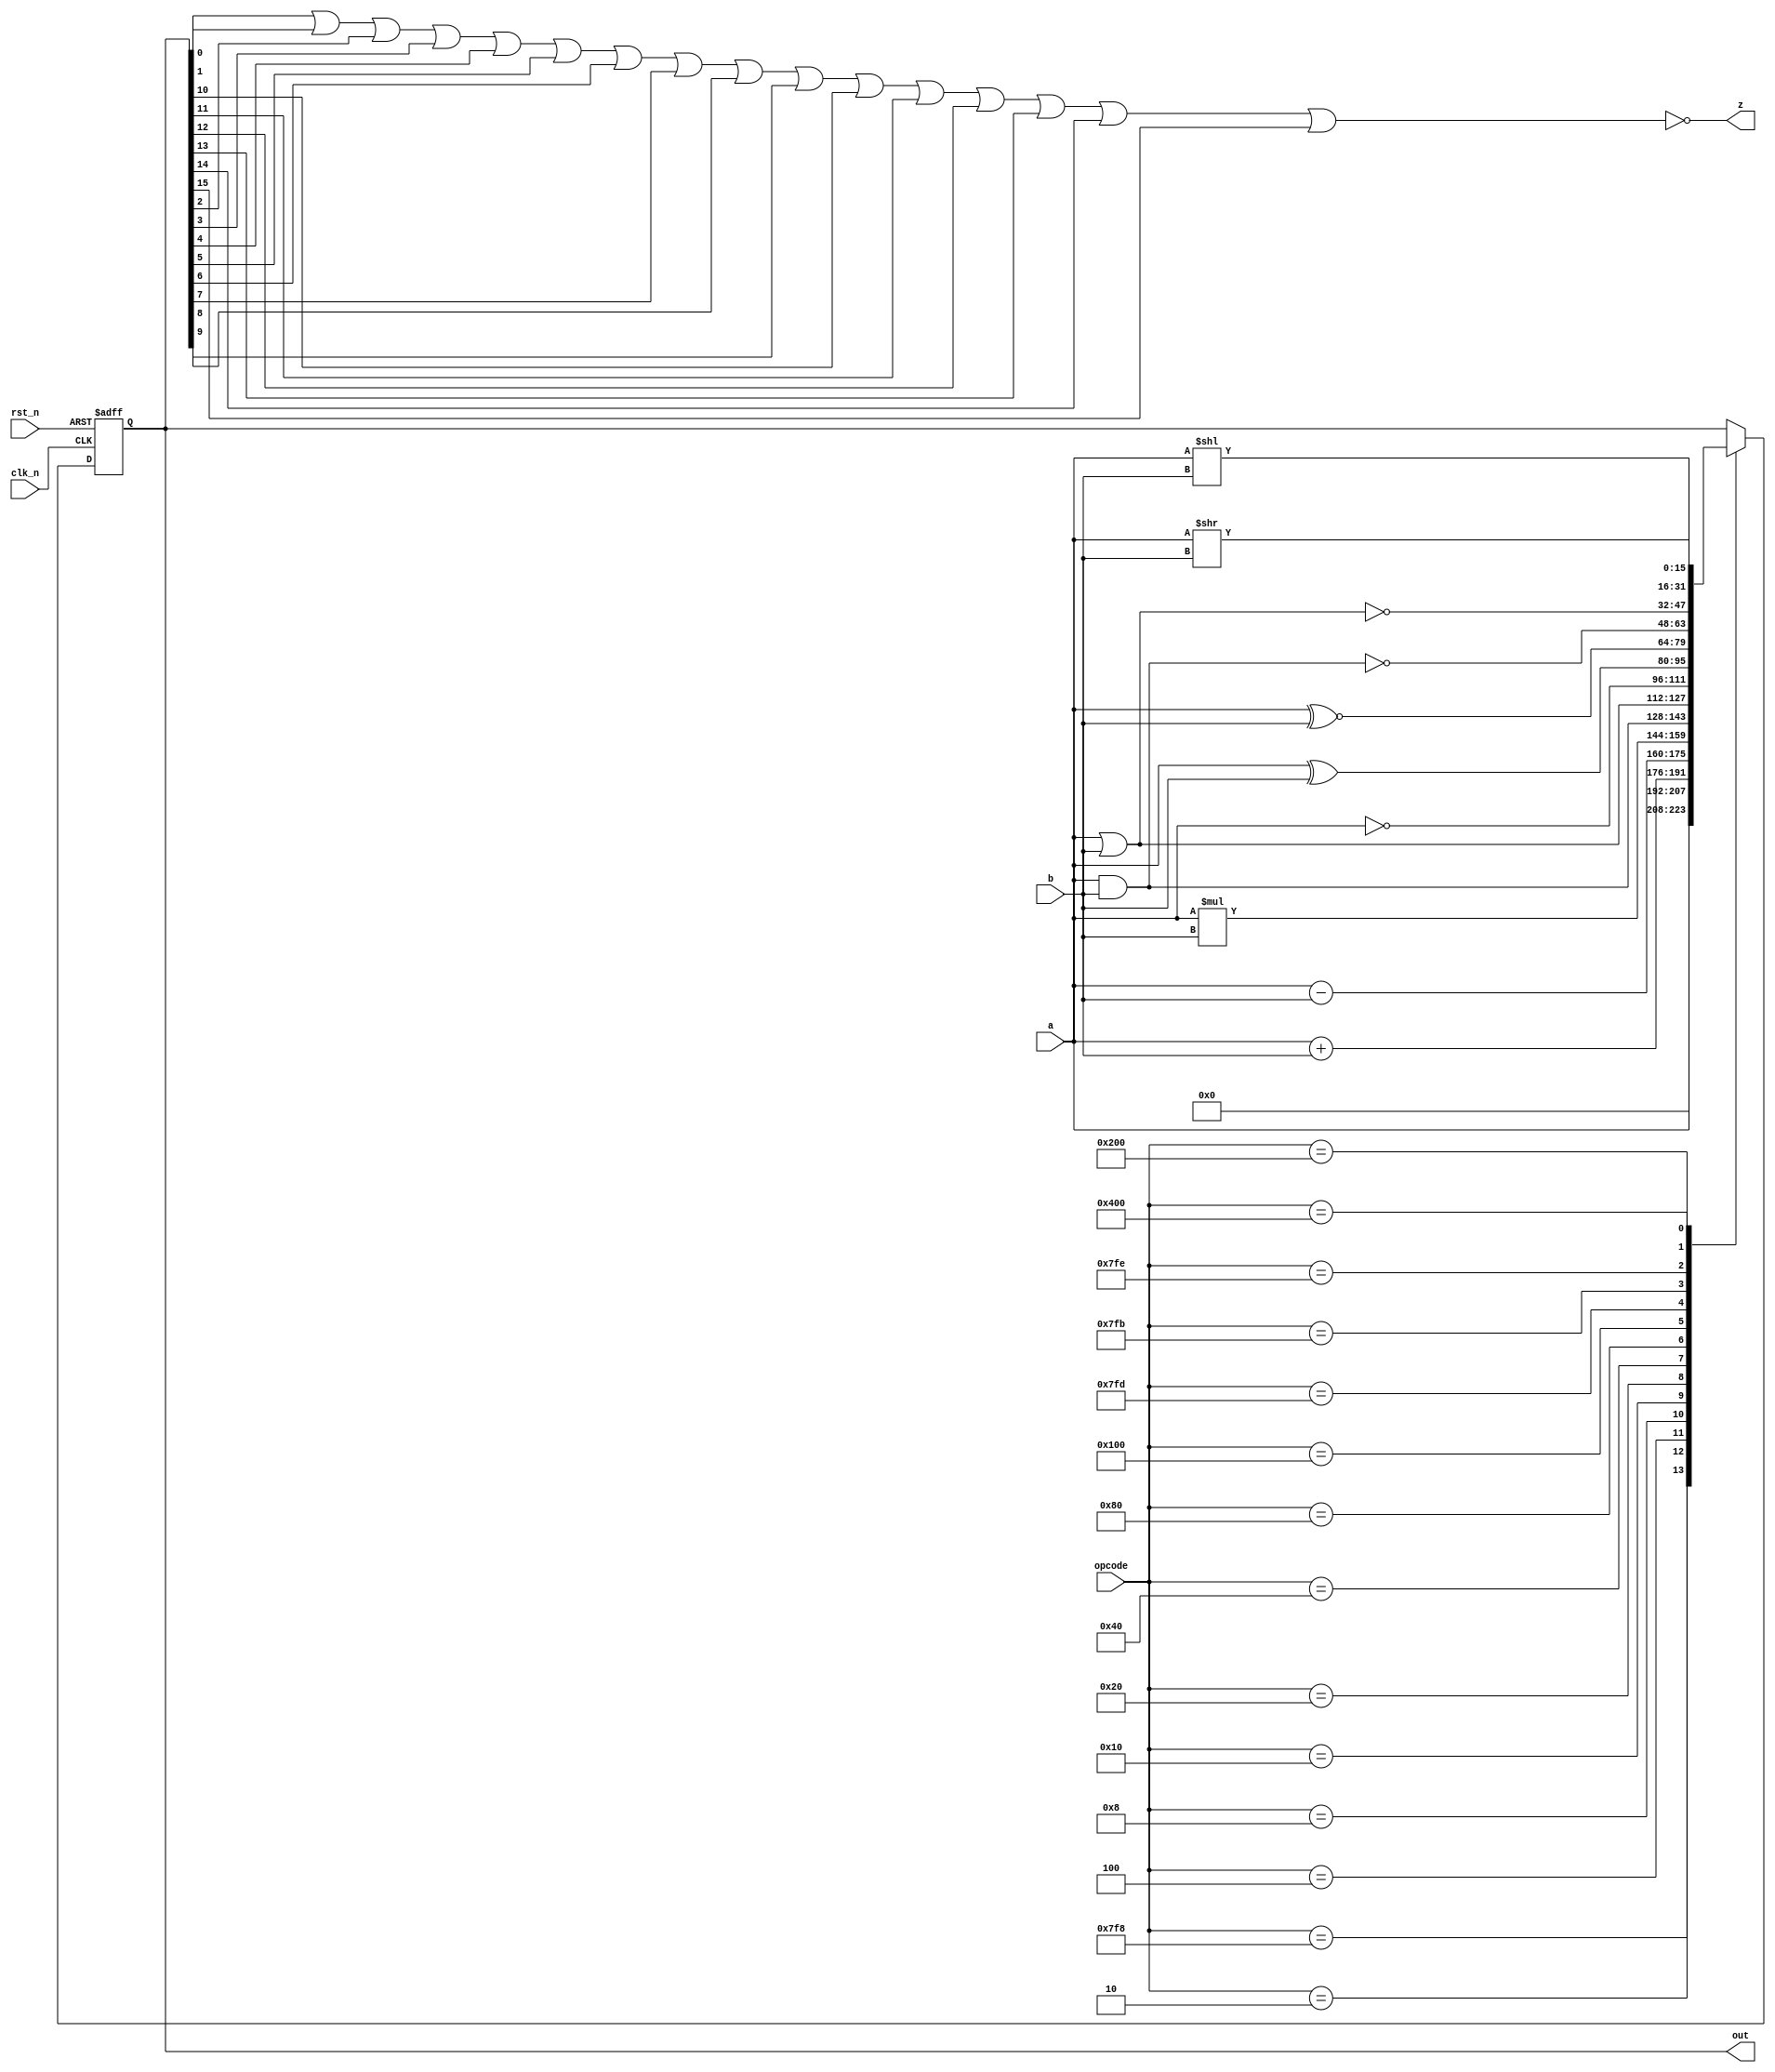
/*
 * Module: alu
 * Verilog HDL
 * Description: Non-pipelined 16-bit ALU
 *
 * Revision 0.01 - File Created
 * Revision 1.00 - Complete, untested
 * Revision 2.00 - Removed v, c; fixed z; fixed displays; tested w/ ModelSim (CRC)
 * Revision 3.00 - Formatting, Fixed NAND, NOR instructions (CRC)
 * Revision 4.00 - Changed up opcodes to represent finalized control logic.
 * Revision 5.00 - Reinserted ZERO (CRC)
 */

module alu(
    input wire [15:0] a,      // First operand
    input wire [15:0] b,      // Second operand
    input wire [10:0] opcode, // Opcode for ALU
    input wire        rst_n,  // Reset
    input wire        clk_n,  // Clock
    output reg [15:0] out,    // Result
    output wire       z       // Zero Flag
);

parameter NOOP  = 11'b00000000001;
parameter CPY   = 11'b00000000010;
parameter ADD   = 11'b00000000100;
parameter SUB   = 11'b00000001000;
parameter MUL   = 11'b00000010000;
parameter AND   = 11'b00000100000;
parameter OR    = 11'b00001000000;
parameter NOT   = 11'b00010000000;
parameter XOR   = 11'b00100000000;
parameter LS    = 11'b01000000000;
parameter RS    = 11'b10000000000;

// Unused but implemented
parameter ZERO  = 11'b11111111000;
parameter NOR   = 11'b11111111110;
parameter XNOR  = 11'b11111111101;
parameter NAND  = 11'b11111111011;

// Z is the nor of all of the outputs
assign z = ~(out[0]|out[1]|out[2]|out[3]|out[4]|out[5]|out[6]|out[7]|out[8]|out[9]|out[10]|out[11]|out[12]|out[13]|out[14]|out[15]);

always@(posedge clk_n or negedge rst_n) begin
  if(rst_n == 1'b0) begin
    out <= 16'b0;
  end else begin
    case(opcode)
      ZERO : begin
	$display("ZERO");
        out <= 16'b0;
      end
      CPY : begin
	$display("CPY");
	out <= a;
      end
      ADD : begin
        $display("ADD");
        out <= a + b;
        out <= a + b;
      end
      SUB : begin
        $display("SUB");
        out <= a - b;
      end
      MUL : begin
	$display("MUL");
      	out <= a * b;
      end
      AND : begin
        $display("AND");
	out <= a & b;
      end
      OR : begin
        $display("OR");
	out <= a | b;
      end
      NOT : begin
        $display("NOT");
        out <= ~a;
      end
      XOR : begin
        $display("XOR");
        out <= a ^ b;
      end
      XNOR : begin
        $display("XNOR");
        out <= a ^~ b;
      end
      NAND : begin
        $display("NAND");
        out <= ~(a & b);
      end
      NOR : begin
        $display("NOR");
        out <= ~(a | b);
      end
      LS : begin
        $display("LS");
        out <= a << b;
      end
      RS : begin
        $display("RS");
	out <= a >> b;
      end
      NOOP : begin
        $display("NOOP");
      end
      default : begin
        $display("invalid opcode");
      end
    endcase
  end
end

endmodule